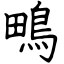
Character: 鴫